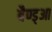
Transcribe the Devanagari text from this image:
बैण्ड्आ